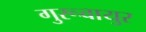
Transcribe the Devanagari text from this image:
गुरूवायुर